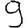
Digit: 9